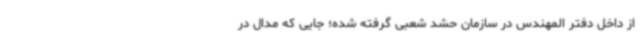
از داخل دفتر المهندس در سازمان حشد شعبی گرفته شده؛ جایی که مدال در